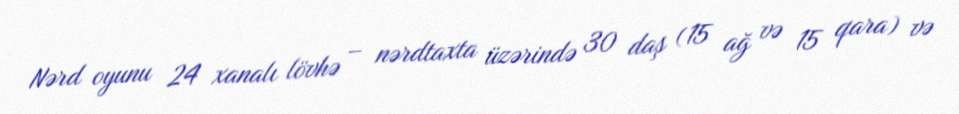
Nərd oyunu 24 xanalı lövhə – nərdtaxta üzərində 30 daş (15 ağ və 15 qara) və